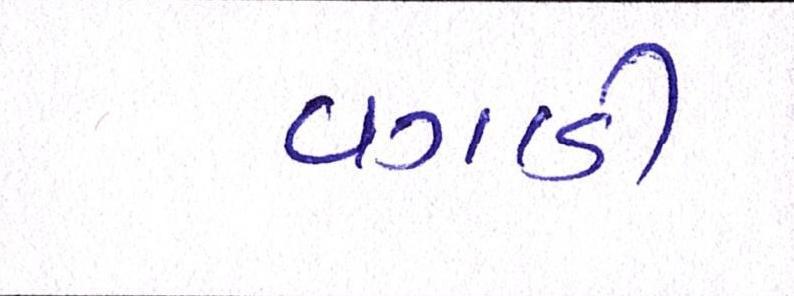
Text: વગાડી